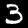
Label: 3